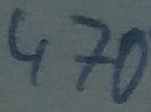
Text: 470